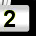
Digit: 2